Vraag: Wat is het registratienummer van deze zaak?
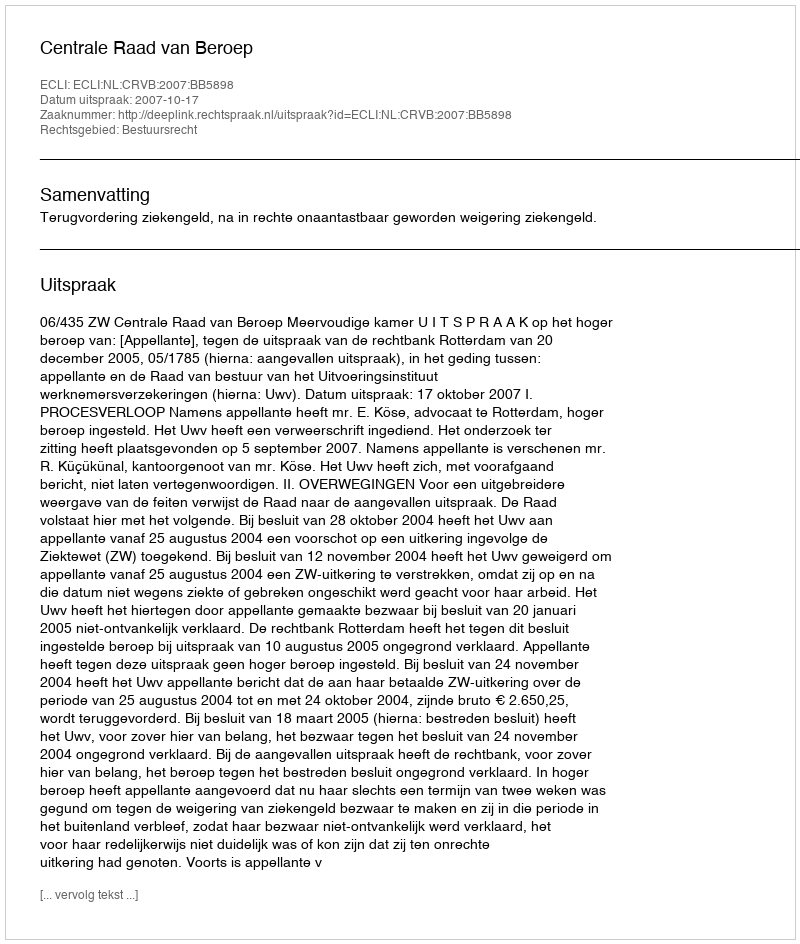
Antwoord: http://deeplink.rechtspraak.nl/uitspraak?id=ECLI:NL:CRVB:2007:BB5898